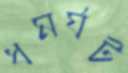
ধমর্ঘট